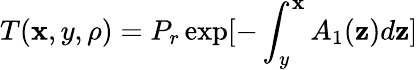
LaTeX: T(\mathbf{x},y,\rho)=P_{r}\exp[-\int_{y}^{\mathbf{x}}A_{1}(\mathbf{z})d\mathbf{z}]